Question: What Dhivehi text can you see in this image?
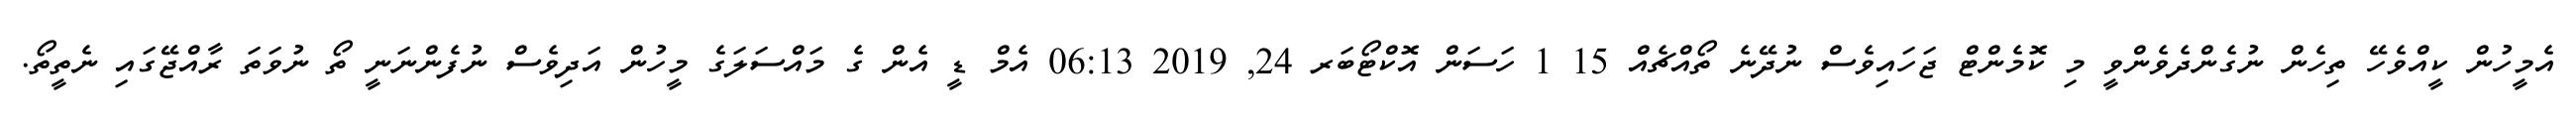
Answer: އެމީހުން ކީއްވެހޭ ތިހެން ނުގެންދެވެންވީ މި ކޮމެންޓް ޖަހައިވެސް ނުދޭނެ ތޯއްޗެއް 15 1 ހަސަން އޮކްޓޯބަރ 24, 2019 06:13 އެމް ޑީ އެން ގެ މައްސަލަގެ މީހުން އަދިވެސް ނުފެންނަނީ ތޯ ނުވަތަ ރާއްޖޭގައި ނެތީތޯ.